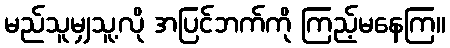
မည်သူမျှသူ့လို အပြင်ဘက်ကို ကြည့်မနေကြ။